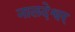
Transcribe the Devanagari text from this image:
नालदेश्वर